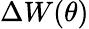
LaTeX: \Delta W(\theta)